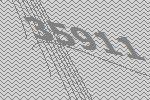
35911